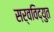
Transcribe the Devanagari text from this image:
सर्वविद्युत